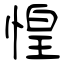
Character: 惶